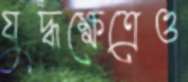
যুদ্ধক্ষেত্রেও